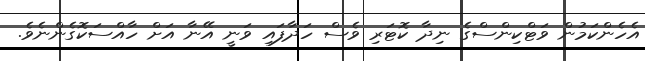
އެހެންކަމުން ވަޓްކިންސްގެ ނިދާ ކޮޓަރި ވެސް ހަދާފައި ވަނީ އޭނާ އަށް ހާއްސަކޮގެންނެވެ.